Malaria in India - Number 2
Disease focus: Malaria
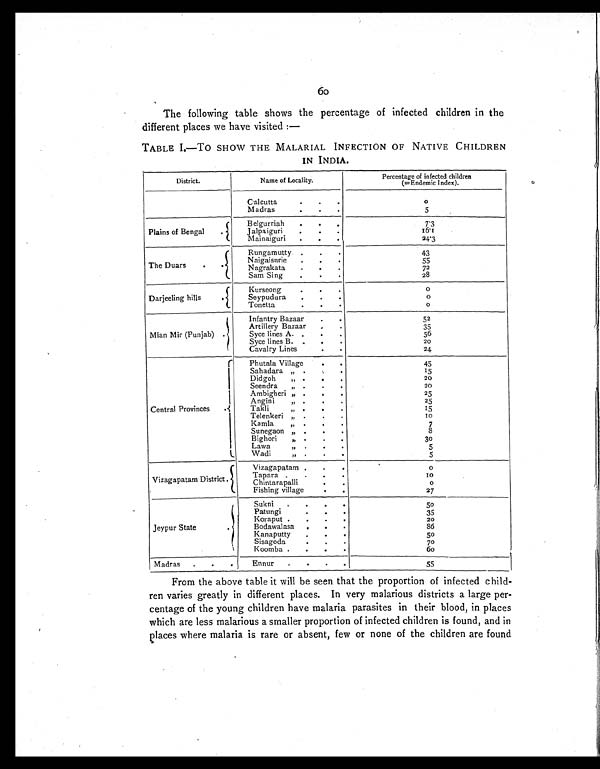
The following table shows the percentage of infected children in the
different places we have visited :—
TABLE I.—To SHOW THE MALARIAL INFECTION OF NATIVE CHILDREN
IN INDIA.
District.
Name of Locality.
Percentage of infected children
(=Endemic Index).
Calcutta
o
Madras
5
P l a i n s o f B e n g a l
Belgureiah
7 . 3
Jalpaiguri
1 6 . 1
Mainaiguri
24.3
The Duars .
Rungamutty
43
Naigaisurie
55
Nagrakata
72
Sam Sing
28
Darjeeling hills
Kurseong
o
Seypudura
o
Tonetta
o
Mian Mir (Punjab)
Infantry Bazaar
52
Artillery Bazaar
35
Syce lines A.
56
Syce lines B.
20
Cavalry Lines
24
Central Provinces
Phutala Village
45
S a h a d a r a V i l l a t g e i
15
D i d g o h V i l l a g e
20
Seendra Village
20
Ambigheri Village
25
Angin i Vi l l age
25
Takli Village
1
T e l e n k e r i
10
K a m a l
7
Sunegaon Vi l l age
8
Bighori Village
3o
Lawa
Village
5
Wadi
5
Vizagapatam District.
Vizagapatam
o
Tapara
10
Chintarapalli
o
Fishing village
27
Jeypur State
Sukni
5 0
Patungi
35
Koraput
20
Bodawalasa
86
Kanaputty
5o
Sisagoda
70
K oomba
60
Madras
Ennur
55
From the above table it will be seen that the proportion of infected child-
ren varies greatly in different places. In very malarious districts a large per-
centage of the young children have malaria parasites in their blood, in places
which are less malarious a smaller proportion of infected children is found, and in
places where malaria is rare or absent, few or none of the children are found